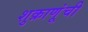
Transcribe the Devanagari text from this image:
शुक्राणूंची